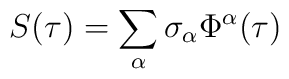
S(\tau) = \sum_{\alpha} \sigma_{\alpha} \Phi^{\alpha} (\tau)